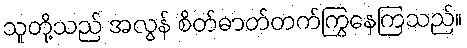
သူတို့သည် အလွန် စိတ်ဓာတ်တက်ကြွနေကြသည်။